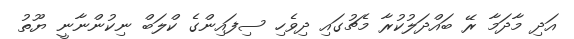
އަދި މާދަމާ ރޭ ބައްދަލުކުރާ މެޗުގައި ދިވެހި ސިފައިންގެ ކްލަބް ނިކުންނާނީ ޔޫތު